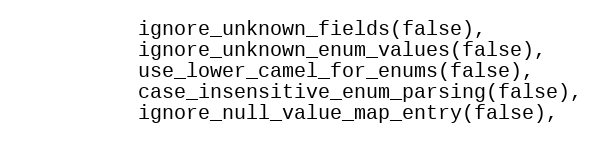
Language: C
          ignore_unknown_fields(false),
          ignore_unknown_enum_values(false),
          use_lower_camel_for_enums(false),
          case_insensitive_enum_parsing(false),
          ignore_null_value_map_entry(false),